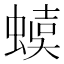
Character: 𧍩